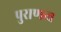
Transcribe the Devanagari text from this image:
पुराणत्व